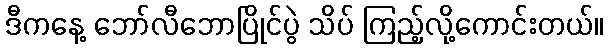
ဒီကနေ့ ဘော်လီဘောပြိုင်ပွဲ သိပ် ကြည့်လို့ကောင်းတယ်။